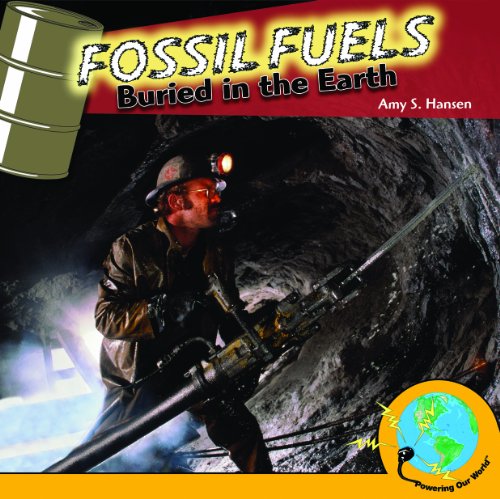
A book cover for Fossil Fuels: Buried in the Earth (Powering Our World); Amy S. Hansen; Children's Books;